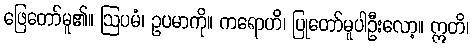
ဖြေတော်မူ၏။ ဩပမံ၊ ဥပမာကို။ ကရောဟိ၊ ပြုတော်မူပါဦးလော့။ ဣတိ၊